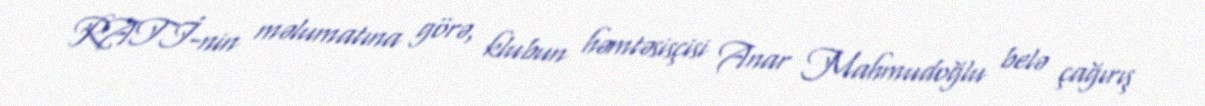
RATİ-nin məlumatına görə, klubun həmtəsisçisi Anar Mahmudoğlu belə çağırış